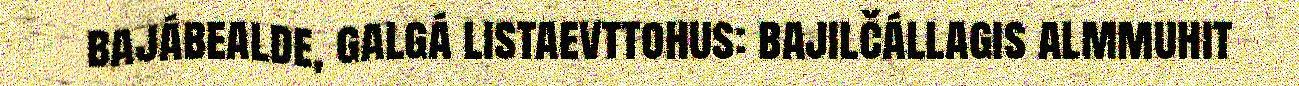
bajábealde, galgá listaevttohus: bajilčállagis almmuhit